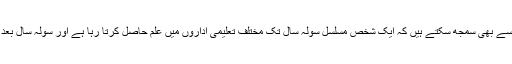
تربیّت کی اہمیّت کو ہم اس مثال سے بھی سمجھ سکتے ہیں کہ ایک شخص مسلسل سولہ سال تک مختلف تعلیمی اداروں میں علم حاصل کرتا رہا ہے اور سولہ سال بعد اس نے ایک یونیورسٹی سے ایم۔